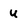
Character: u